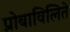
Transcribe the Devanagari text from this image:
प्रोबाविलिते